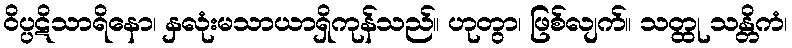
ဝိပ္ပဋိသာရိနော၊ နှလုံးမသာယာရှိကုန်သည်။ ဟုတွာ၊ ဖြစ်လျက်။ သတ္ထု သန္တိကံ၊